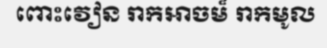
ពោះវៀន រាកអាចម៏ រាកមូល